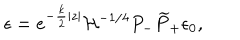
\epsilon = e ^ { - { \frac { k } { 2 } } | z | } { \cal H } ^ { - 1 / 4 } P _ { - } \widetilde P _ { + } \epsilon _ { 0 } ,